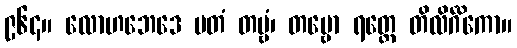
၉၆၄။ လောဟဘေဒေ မတံ တမ္ဗံ၊ တမ္ဗော ရတ္တေ တိလိင်္ဂိကော။